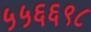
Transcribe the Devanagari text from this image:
५५६६९८